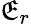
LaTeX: \mathfrak{E}_{r}